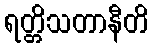
ရတ္တိသတာနီတိ